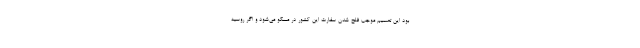
بود این تصمیم موجب فلج شدن سفارت این کشور در مسکو می‌شود و اگر روسیه